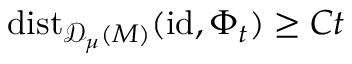
\mathrm { d i s t } _ { \mathscr { D } _ { \mu } ( M ) } ( \mathrm { i d } , \Phi _ { t } ) \geq C t